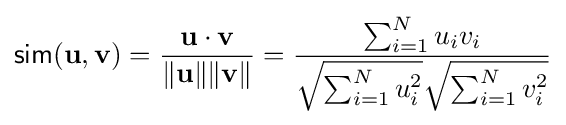
{\mathsf {sim}}(\mathbf {u} ,\mathbf {v} )={\frac {\mathbf {u} \cdot \mathbf {v} }{\|\mathbf {u} \|\|\mathbf {v} \|}}={\frac {\sum _{i=1}^{N}u_{i}v_{i}}{{\sqrt {\sum _{i=1}^{N}u_{i}^{2}}}{\sqrt {\sum _{i=1}^{N}v_{i}^{2}}}}}